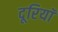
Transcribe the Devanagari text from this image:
दूरियॉ